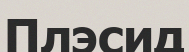
Плэсид